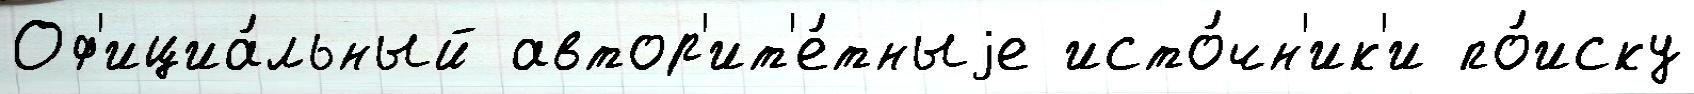
Оф'ициа́льный автор'ит'е́тныjе исто́чн'ик'и по́иску